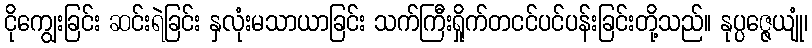
ငိုကျွေးခြင်း ဆင်းရဲခြင်း နှလုံးမသာယာခြင်း သက်ကြီးရှိုက်တငင်ပင်ပန်းခြင်းတို့သည်။ နုပ္ပဇ္ဇေယျုံ၊